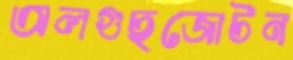
অলগুছজোটন